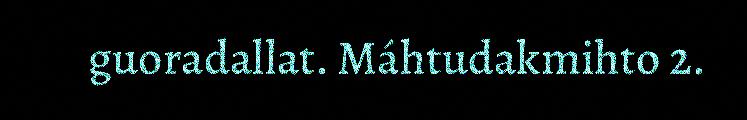
guoradallat. Máhtudakmihto 2.